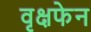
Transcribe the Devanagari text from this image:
वृक्षफेन